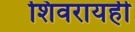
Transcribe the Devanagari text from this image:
शिवरायही